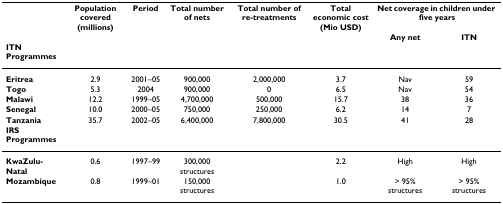
|  | Population covered(millions) | Period | Total number of nets | Total number of re-treatments | Total economic cost(Mio USD) | <COLSPAN=2> Net coverage in children under five years |
 |  |  |  |  |  |  | Any net | ITN |
 | ITN Programmes |  |  |  |  |  |  |  |
 | --- | --- | --- | --- | --- | --- | --- | --- |
 | Eritrea | 2.9 | 2001–05 | 900,000 | 2,000,000 | 3.7 | Nav | 59 |
 | Togo | 5.3 | 2004 | 900,000 | 0 | 6.5 | Nav | 54 |
 | Malawi | 12.2 | 1999–05 | 4,700,000 | 500,000 | 15.7 | 38 | 36 |
 | Senegal | 10.0 | 2000–05 | 750,000 | 250,000 | 6.2 | 14 | 7 |
 | Tanzania | 35.7 | 2002–05 | 6,400,000 | 7,800,000 | 30.5 | 41 | 28 |
 | IRS Programmes |  |  |  |  |  |  |  |
 | KwaZulu-Natal | 0.6 | 1997–99 | 300,000 structures |  | 2.2 | High | High |
 | Mozambique | 0.8 | 1999–01 | 150,000 structures |  | 1.0 | > 95% structures | > 95% structures |